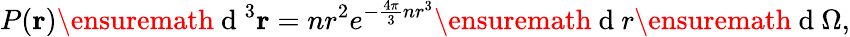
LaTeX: P({\mathbf r})\ensuremath{\mathrm{~d~}}^{3}{\mathbf r}=nr^{2}e^{-\frac{4\pi}{3}nr^{3}}\ensuremath{\mathrm{~d~}}r\ensuremath{\mathrm{~d~}}\Omega,